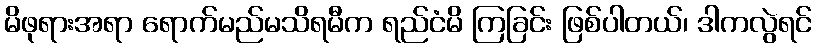
မိဖုရားအရာ ရောက်မည်မသိရမီက ရည်ငံမိ ကြခြင်း ဖြစ်ပါတယ်၊ ဒါကလွဲရင်